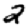
Digit: 2